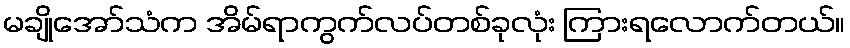
မချိုအော်သံက အိမ်ရာကွက်လပ်တစ်ခုလုံး ကြားရလောက်တယ်။